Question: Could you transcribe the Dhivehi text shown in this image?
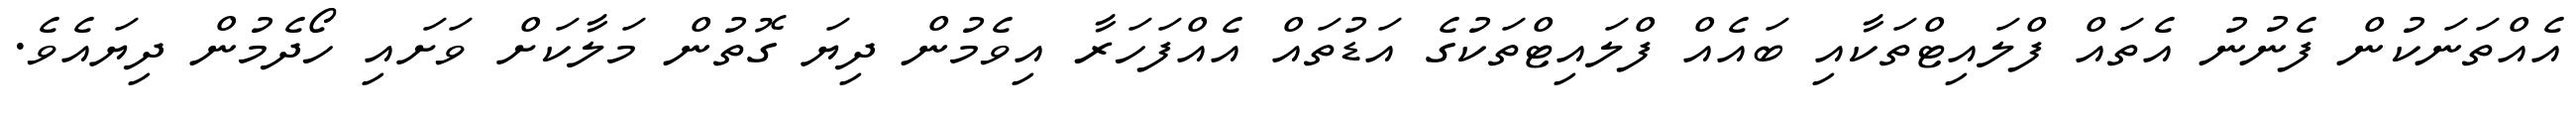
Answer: އެއްތަނަކުން ފެނުނު އެތައް ފްލައިޓްތަކާއި ބައެއް ފްލައިޓްތަކުގެ އަޑުތައް އެއްފަހަރާ އިވެމުން ދިޔަ ގޮތުން މަލާކަށް ވަށައި ހޯދެމުން ދިޔައެވެ.